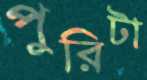
পুরিটা